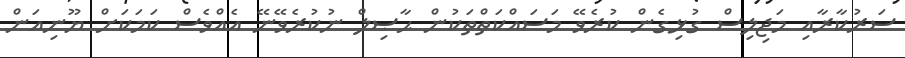
ސަރުކާރާއި މަޖިލިސް ގުޅިގެން ކުރެވޭ މަސައްކަތްތަކުން ޙާޞިލް ނުކުރެވޭނޭ އެއްވެސް ކަމަކަށް ޔޫނިއަން